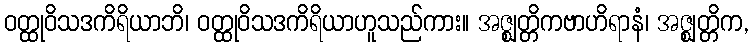
ဝတ္ထုဝိသဒကိရိယာဘိ၊ ဝတ္ထုဝိသဒကိရိယာဟူသည်ကား။ အဇ္ဈတ္တိကဗာဟိရာနံ၊ အဇ္ဈတ္တိက,